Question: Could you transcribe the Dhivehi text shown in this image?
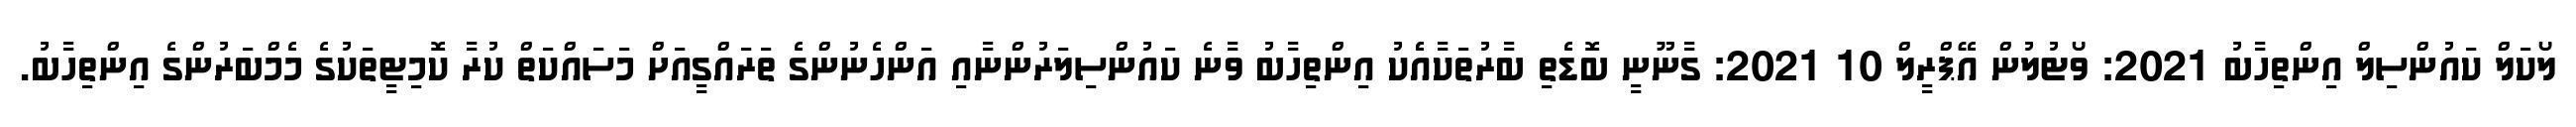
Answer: ލޯކަލް ކައުންސިލް އިންތިހާބު 2021: ވޯޓުލުން އޭޕްރީލް 10 2021: ގާނޫނީ ބޮޑެތި ބާރުތަކާއެެކު އިންތިހާބު ވާނެ ކައުންސިލަރުންނާއި އަންހެނުންގެ ތަރައްގީއަށް މަސައްކަތް ކުރާ ކޮމިޓީތަކުގެ މެމްބަރުންގެ އިންތިހާބު.